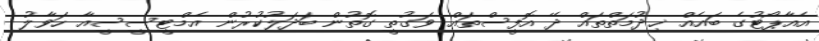
އެއާޕޯޓުގެ ބައެއް ޚިދުމަތްތައް ދޭ އޮފީސްތައް ވަގުތީ ގޮތުން ބަދަލުކުރުން އެމްޓީސީސީއާ ހަވާލު